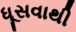
ધૂસવાથી